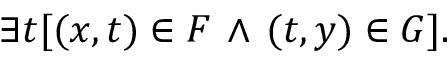
\exists t [ ( x , t ) \in F \, \land \, ( t , y ) \in G ] .